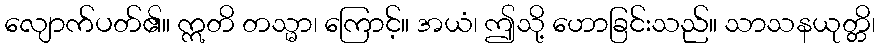
လျောက်ပတ်၏။ ဣတိ တသ္မာ၊ ကြောင့်။ အယံ၊ ဤသို့ ဟောခြင်းသည်။ သာသနယုတ္တိ၊